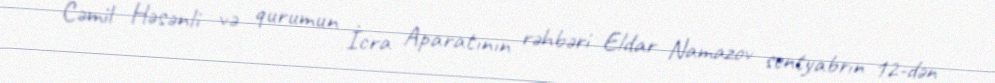
Cəmil Həsənli və qurumun İcra Aparatının rəhbəri Eldar Namazov sentyabrın 12-dən